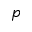
p